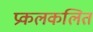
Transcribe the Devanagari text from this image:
प्रकलकलित